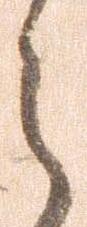
之